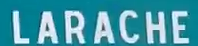
LARACHE